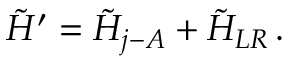
\tilde { H } ^ { \prime } = \tilde { H } _ { j - A } + \tilde { H } _ { L R } \, .